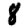
Digit: 8